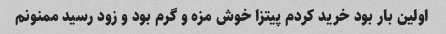
اولین بار بود خرید کردم پیتزا خوش مزه و گرم بود و زود رسید ممنونم